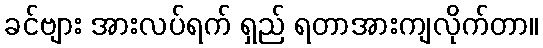
ခင်ဗျား အားလပ်ရက် ရှည် ရတာအားကျလိုက်တာ။